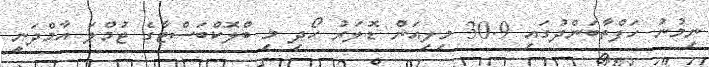
ނިމުނު ހަފްތާބަންދުގައި 30.9 މިލިއަން ޑޮލަރު ހޯދި މި ބްލޮކްބަސްޓާގެ ޖުމްލަ އާމްދަނީ